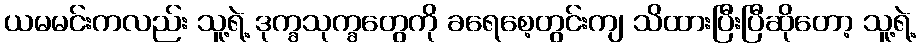
ယမမင်းကလည်း သူ့ရဲ့ ဒုက္ခသုက္ခတွေကို ခရေစေ့တွင်းကျ သိထားပြီးပြီဆိုတော့ သူ့ရဲ့